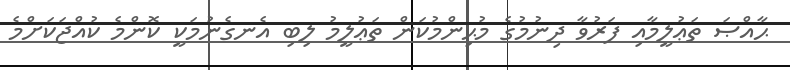
ޙާއްޞަ ތަޢުލީމާއި ފަރުވާ ދިނުމުގެ މުޙިންމުކަން ތަޢުލީމު ލިބި އެނގެނުމަކީ ކޮންމެ ކުއްޖަކަށްމެ